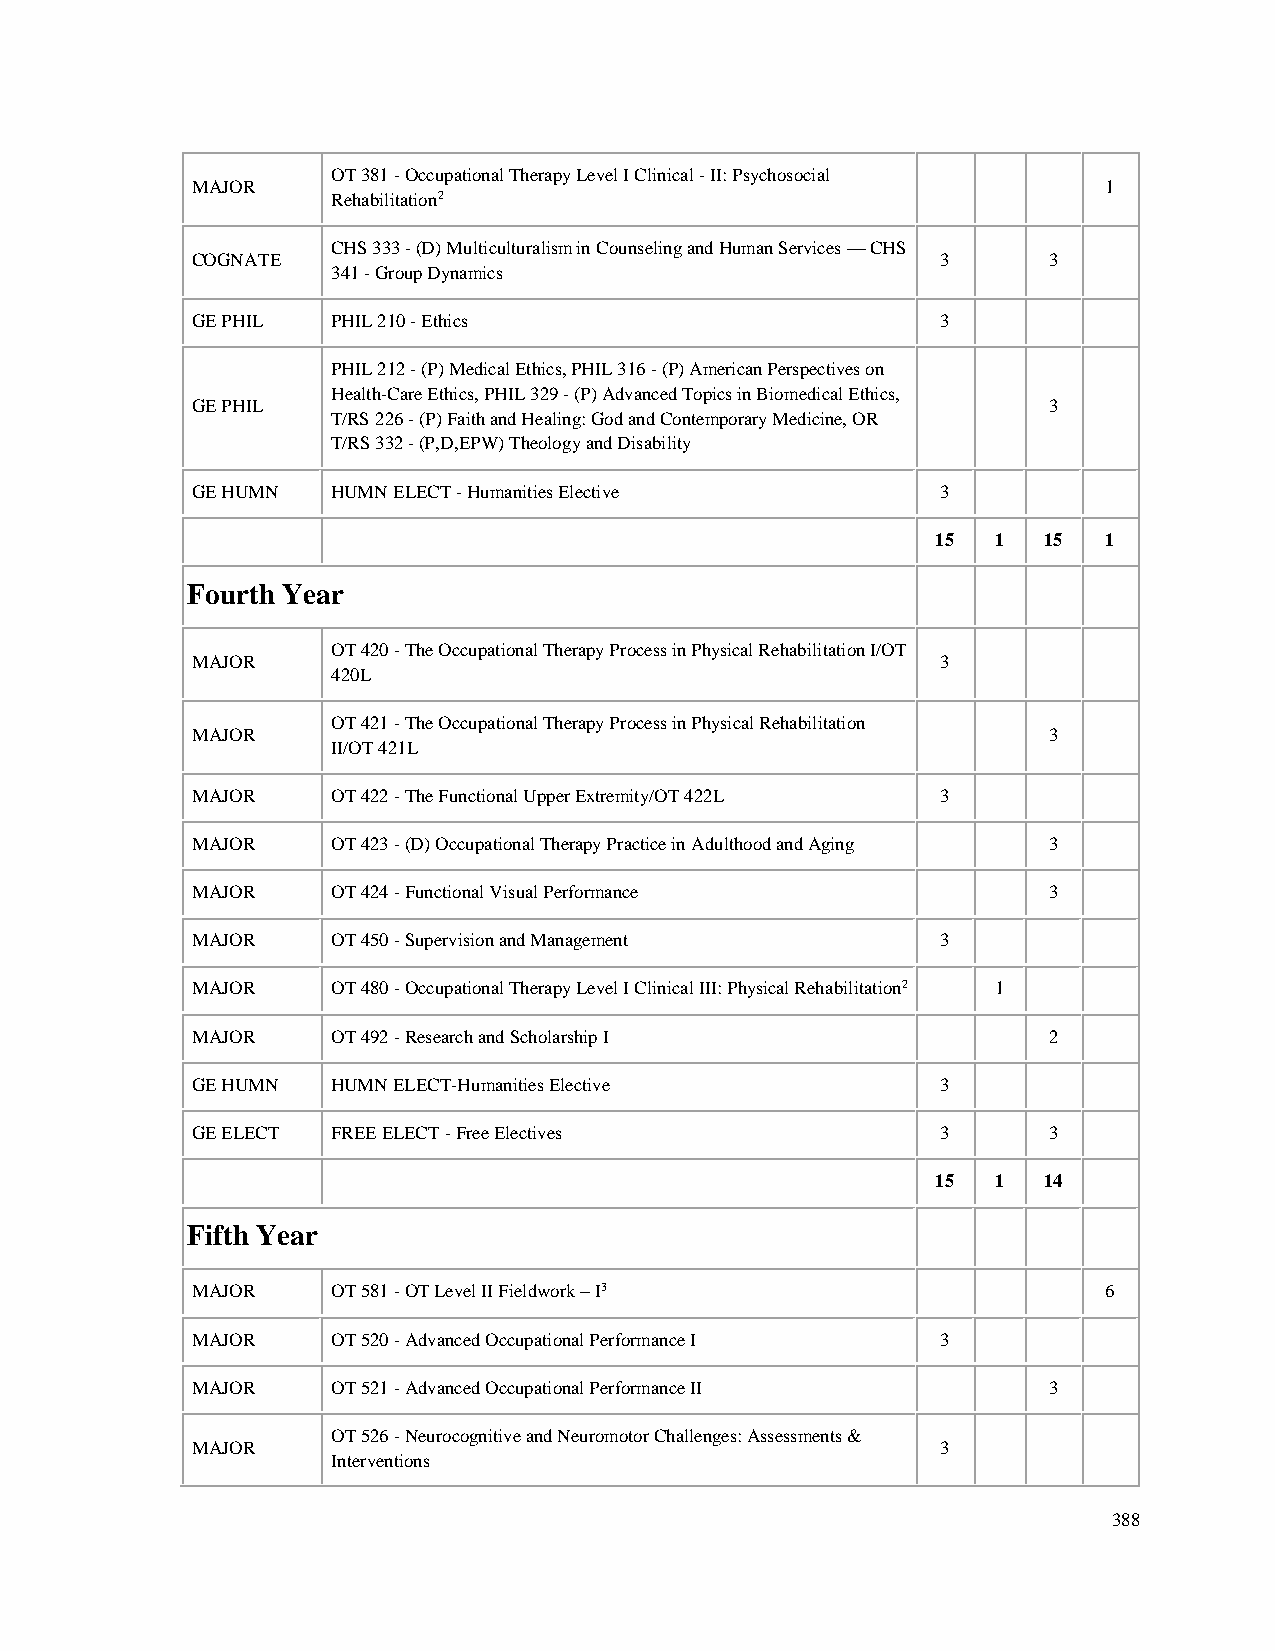
OT 381 - Occupational Therapy Level I Clinical - II: Psychosocial
 MAJOR                                                       1
 Rehabilitation2
 CHS 333 - (D) Multiculturalism in Counseling and Human Services — CHS
 COGNATE                                          3      3
 341 - Group Dynamics
 GE PHIL  PHIL 210 - Ethics                       3
 PHIL 212 - (P) Medical Ethics, PHIL 316 - (P) American Perspectives on
 Health-Care Ethics, PHIL 329 - (P) Advanced Topics in Biomedical Ethics,
 GE PHIL                                                 3
 T/RS 226 - (P) Faith and Healing: God and Contemporary Medicine, OR
 T/RS 332 - (P,D,EPW) Theology and Disability
 GE HUMN  HUMN ELECT - Humanities Elective        3
 15  1  15  1
 Fourth Year
 OT 420 - The Occupational Therapy Process in Physical Rehabilitation I/OT
 MAJOR                                            3
 420L
 OT 421 - The Occupational Therapy Process in Physical Rehabilitation
 MAJOR                                                   3
 II/OT 421L
 MAJOR    OT 422 - The Functional Upper Extremity/OT 422L 3
 MAJOR    OT 423 - (D) Occupational Therapy Practice in Adulthood and Aging 3
 MAJOR    OT 424 - Functional Visual Performance         3
 MAJOR    OT 450 - Supervision and Management     3
 MAJOR    OT 480 - Occupational Therapy Level I Clinical III: Physical Rehabilitation2 1
 MAJOR    OT 492 - Research and Scholarship I            2
 GE HUMN  HUMN ELECT-Humanities Elective          3
 GE ELECT FREE ELECT - Free Electives             3      3
 15  1  14
 Fifth Year
 MAJOR    OT 581 - OT Level II Fieldwork – I3                6
 MAJOR    OT 520 - Advanced Occupational Performance I 3
 MAJOR    OT 521 - Advanced Occupational Performance II  3
 OT 526 - Neurocognitive and Neuromotor Challenges: Assessments &
 MAJOR                                            3
 Interventions
 388